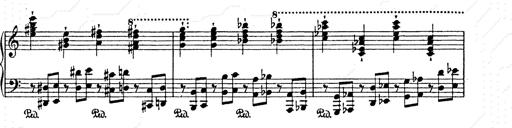
Title: AnnÃ©es de pÃ¨lerinage II
Composer: Franz Liszt